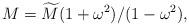
LaTeX: \begin{align*}M=\widetilde{M}(1+\omega ^{2})/(1-\omega ^{2}), \end{align*}